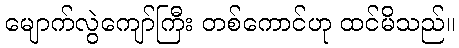
မျောက်လွဲကျော်ကြီး တစ်ကောင်ဟု ထင်မိသည်။